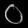
Digit: ၀